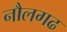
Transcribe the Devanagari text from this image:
नौलगढ